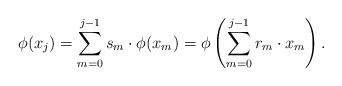
LaTeX: \begin{align*}\phi(x_j) = \sum_{m=0}^{j-1} s_m \cdot \phi(x_m) = \phi\left( \sum_{m=0}^{j-1} r_m\cdot x_m \right).\end{align*}